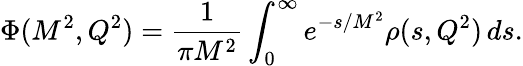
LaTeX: \Phi(M^{2},Q^{2})=\frac{1}{\pi M^{2}}\int_{0}^{\infty}e^{-s/M^{2}}{\rho}(s,Q^{2})\, ds.